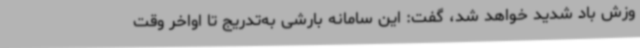
وزش باد شدید خواهد شد، گفت: این سامانه بارشی به‌تدریج تا اواخر وقت